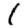
Digit: 1